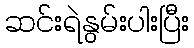
ဆင်းရဲနွမ်းပါးပြီး